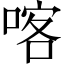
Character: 喀